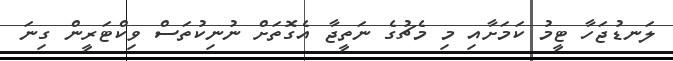
ލަނޑުޖަހާ ޓީމު ކަމަށާއި މި މެޗުގެ ނަތީޖާ އެގޮތަށް ނުނިކުތަސް ވިކްޓަރީން ގިނަ